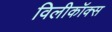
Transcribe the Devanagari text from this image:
विलीकॉक्स